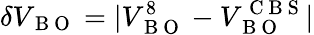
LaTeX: \delta V_{\mathrm{~B~O~}}=|V_{\mathrm{~B~O~}}^{8}-V_{\mathrm{~B~O~}}^{\mathrm{~C~B~S~}}|